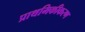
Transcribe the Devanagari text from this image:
प्राथमिकीकरण